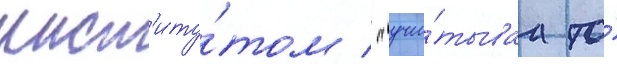
инст'иту́том / "учи́тываа то́